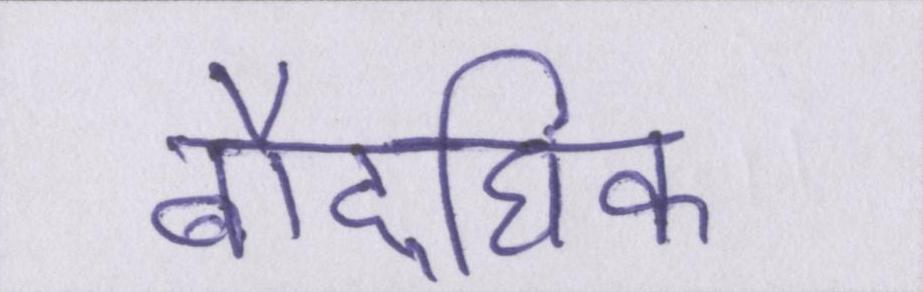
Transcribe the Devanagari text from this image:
बौद्घिक